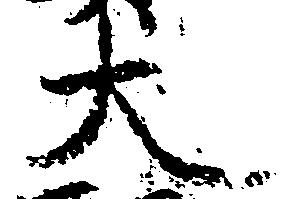
大